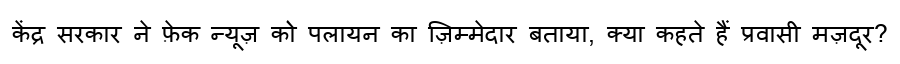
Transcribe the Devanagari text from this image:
केंद्र सरकार ने फ़ेक न्यूज़ को पलायन का ज़िम्मेदार बताया, क्या कहते हैं प्रवासी मज़दूर?